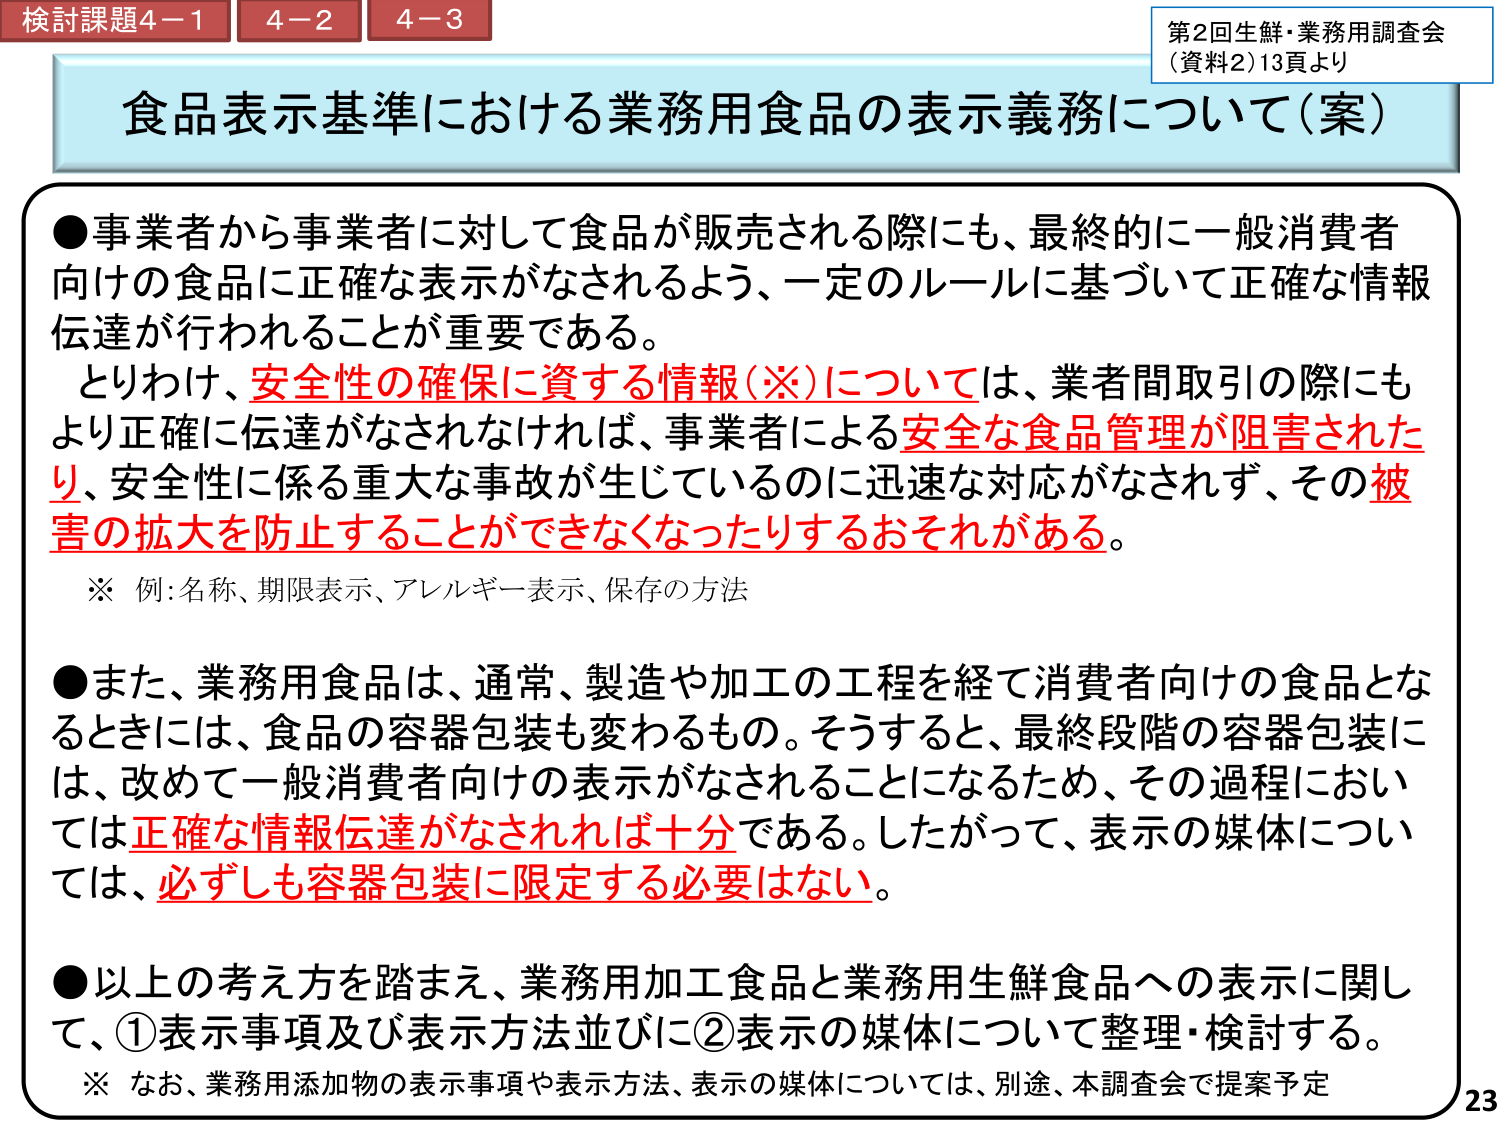
検討課題4－1 4－2 4－3
第2回生鮮・業務用調査会
（資料2）13頁より

食品表示基準における業務用食品の表示義務について（案）

●事業者から事業者に対して食品が販売される際にも、最終的に一般消費者向けの食品に正確な表示がなされるよう、一定のルールに基づいて正確な情報伝達が行われることが重要である。
　とりわけ、安全性の確保に資する情報（※）については、業者間取引の際にもより正確に伝達がなされなければ、事業者による安全な食品管理が阻害されたり、安全性に係る重大な事故が生じているのに迅速な対応がなされず、その被害の拡大を防止することができなくなったりするおそれがある。
　※ 例：名称、期限表示、アレルギー表示、保存の方法

●また、業務用食品は、通常、製造や加工の工程を経て消費者向けの食品となるときには、食品の容器包装も変わるもの。そうすると、最終段階の容器包装には、改めて一般消費者向けの表示がなされることになるため、その過程においては正確な情報伝達がなされれば十分である。したがって、表示の媒体については、必ずしも容器包装に限定する必要はない。

●以上の考え方を踏まえ、業務用加工食品と業務用生鮮食品への表示に関して、①表示事項及び表示方法並びに②表示の媒体について整理・検討する。
　※ なお、業務用添加物の表示事項や表示方法、表示の媒体については、別途、本調査会で提案予定

23